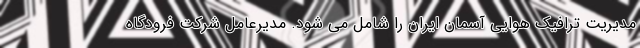
مدیریت ترافیک هوایی آسمان ایران را شامل می شود. مدیرعامل شرکت فرودگاه